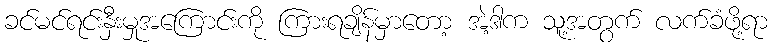
ခင်မင်ရင်းနှီးမှုအကြောင်းကို ကြားရချိန်မှာတော့ အဲ့ဒါက သူ့အတွက် လက်ခံဖို့ရာ